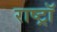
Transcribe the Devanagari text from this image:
राष्ट्रॉ